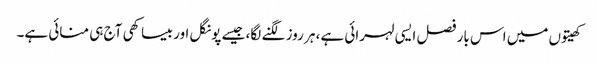
کھیتوں میں اس بار فصل ایسی لہرائی ہے، ہر روز لگنے لگا، جیسے پونگل اور بیساکھی آج ہی منائی ہے۔